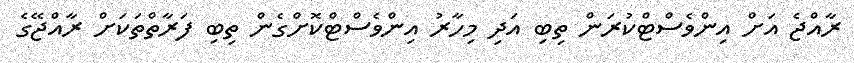
ރާއްޖެ އަށް އިންވެސްޓްކުރަން ތިބި އަދި މިހާރު އިންވެސްޓްކޮށްގެން ތިބި ފަރާތްތަކަށް ރާއްޖޭގެ